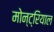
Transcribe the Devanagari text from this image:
मोन्ट्रियाल